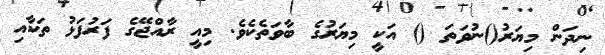
ނިދަން މިޔަރު()ނުވަތަ () އަކީ މިޔަރުގެ ބާވަތެކެވެ. މިއީ ރާއްޖޭގެ ފަރުފަޅު ތަކާއި